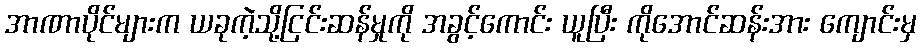
အာဏာပိုင်များက ယခုကဲ့သို့ငြင်းဆန်မှုကို အခွင့်ကောင်း ယူပြီး ကိုအောင်ဆန်းအား ကျောင်းမှ